Tartu_pedagoogiumi_aruanded, lk 2
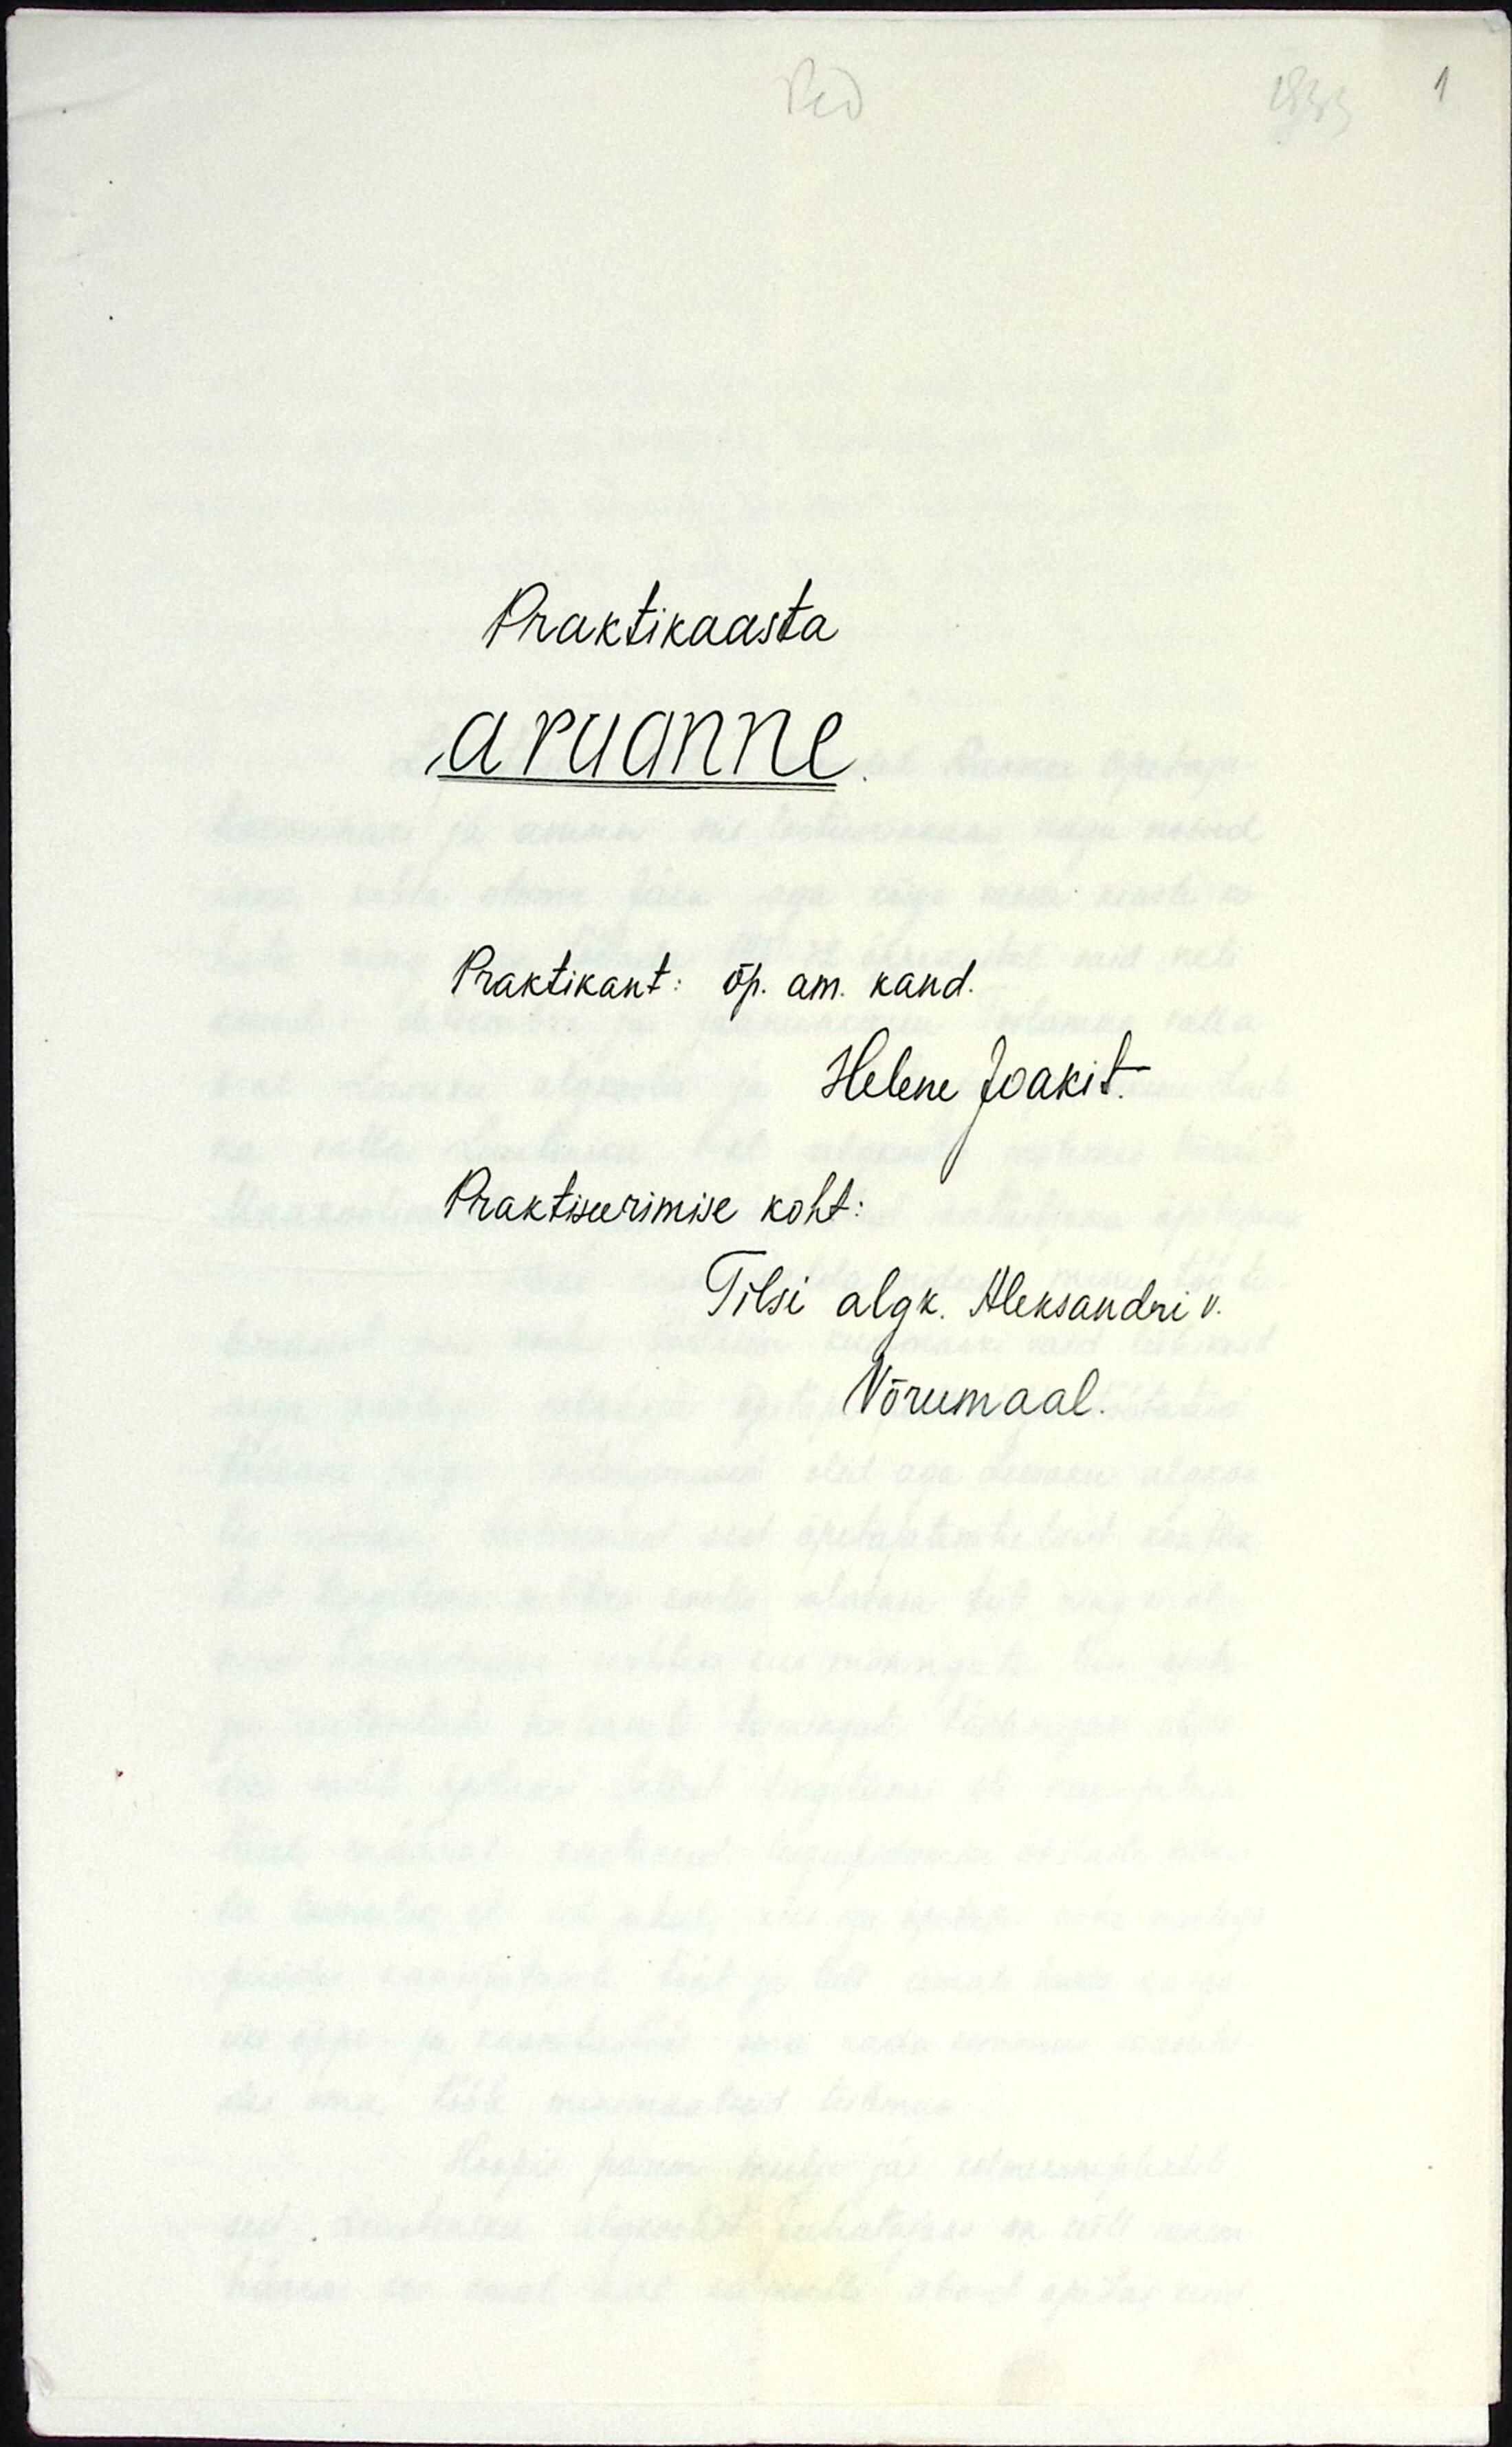
Praktikaasta
aruanne
Praktikant: õp. am. kand.
Helene Joakit.
Praktiseerimise koht:
Tilsi algk. Aleksandri v.
Võrumaal